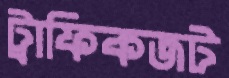
ট্রাফিকজট